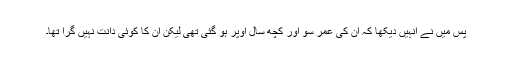
پس میں نے انہیں دیکھا کہ ان کی عمر سو اور کچھ سال اوپر ہو گئی تھی لیکن ان کا کوئی دانت نہیں گرا تھا۔